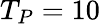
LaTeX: T_{P}=10